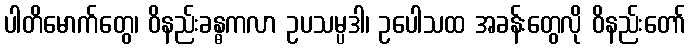
ပါတိမောက်တွေ၊ ဝိနည်းခန္ဓကလာ ဥပသမ္ပဒါ၊ ဥပေါသထ အခန်းတွေလို ဝိနည်းတော်